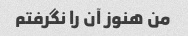
من هنوز آن را نگرفتم